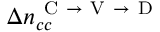
\Delta n _ { c c } ^ { \mathrm { ~ C ~ } \rightarrow \mathrm { ~ V ~ } \rightarrow \mathrm { ~ D ~ } }